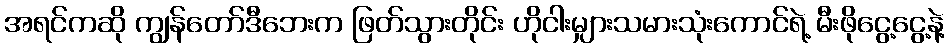
အရင်ကဆို ကျွန်တော်ဒီဘေးက ဖြတ်သွားတိုင်း ဟိုငါးမျှားသမားသုံးကောင်ရဲ့ မီးဖိုငွေ့ငွေ့နဲ့